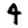
Digit: 4